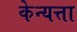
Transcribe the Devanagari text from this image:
केन्यत्ता